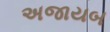
અજાયબ